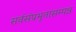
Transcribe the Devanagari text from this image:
सर्वसंप्रभुतासम्पन्न